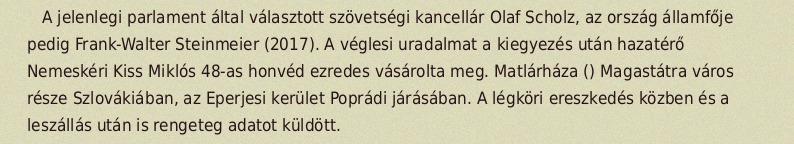
A jelenlegi parlament által választott szövetségi kancellár Olaf Scholz, az ország államfője pedig Frank-Walter Steinmeier (2017). A véglesi uradalmat a kiegyezés után hazatérő Nemeskéri Kiss Miklós 48-as honvéd ezredes vásárolta meg. Matlárháza () Magastátra város része Szlovákiában, az Eperjesi kerület Poprádi járásában. A légköri ereszkedés közben és a leszállás után is rengeteg adatot küldött.